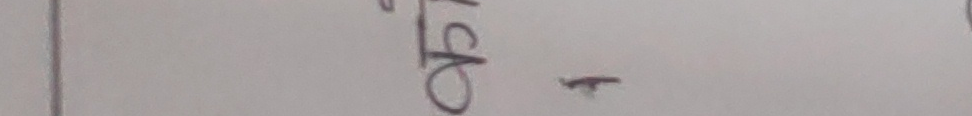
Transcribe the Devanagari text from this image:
छि